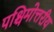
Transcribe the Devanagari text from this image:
पश्चिमोत्तरीय